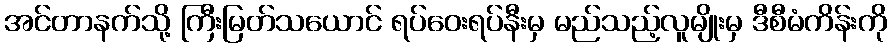
အင်တာနက်သို့ ကြီးမြတ်သယောင် ရပ်ဝေးရပ်နီးမှ မည်သည့်လူမျိုးမှ ဒီစီမံကိန်းကို